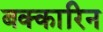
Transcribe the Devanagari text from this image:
बक्कारिन